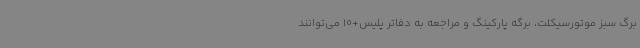
برگ سبز موتورسیکلت، برگه پارکینگ و مراجعه به دفاتر پلیس+10 می‌توانند